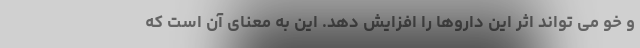
و خو می تواند اثر این داروها را افزایش دهد. این به معنای آن است که